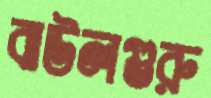
বাউলগুরু